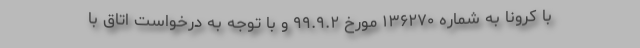
با کرونا به شماره ۱۳۶۲۷۰ مورخ ۹۹.۹.۲ و با توجه به درخواست اتاق با